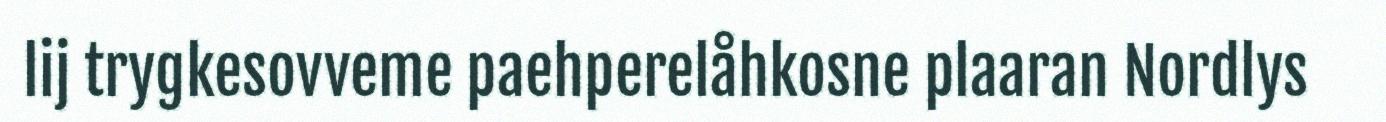
lij trygkesovveme paehperelåhkosne plaaran Nordlys